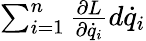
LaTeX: \textstyle\sum_{i=1}^{n}{\frac{\partial L}{\partial{\dot{q}}_{i}}}d{\dot{q}}_{i}